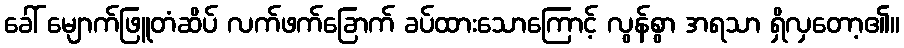
ခေါ် မျောက်ဖြူတံဆိပ် လက်ဖက်ခြောက် ခပ်ထားသောကြောင့် လွန်စွာ အရသာ ရှိလှတော့၏။